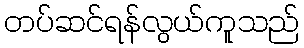
တပ်ဆင်ရန်လွယ်ကူသည်